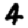
Digit: 4